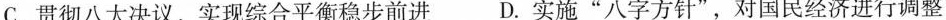
C.贯彻八大决议，实现综合平衡稳步前进 D.实施”八字方针”，对国民经济进行调整